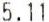
5.11